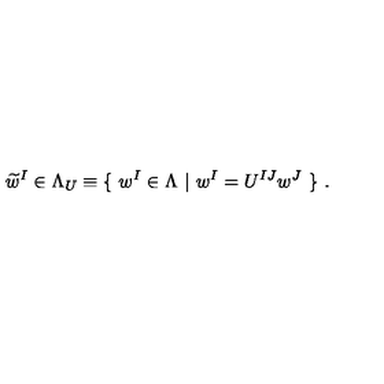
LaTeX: \widetilde { w } ^ { I } \in \Lambda _ { U } \equiv \{ \ w ^ { I } \in \Lambda \ | \ w ^ { I } = U ^ { I J } w ^ { J } \ \} \ .